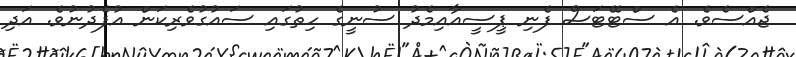
ޖެއްސެވެ. އެ ސްޓޭޓަސް ފެނި ޕީސީއާއިމެދު ސުނީގެ ހިތުގައި ސައުގުވެރިކަން އުފެދުނުވެ. އަދި